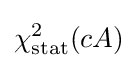
\chi _{\text{stat}}^{2}(cA)